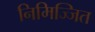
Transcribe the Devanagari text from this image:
निमिज्जित